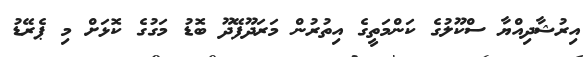
އިރުޝާދިއްޔާ ސްކޫލުގެ ކަންމަތީގެ އިތުރުން މަރަދޫފޭދޫ ބޮޑު މަގުގެ ކޮޅަށް މި ޕެރޭޑު